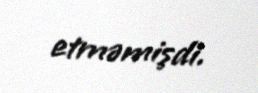
etməmişdi.